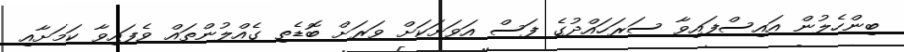
ބިންހެލުން އައިސްފައިވާ ސަރަހައްދުގެ ފަސް އަވަށަކަށް ވަރަށް ބޮޑެތި ގެއްލުންތައް ވެފައިވާ ކަމަށާއި